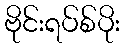
ဗိုင်းရပ်စ်ပိုး